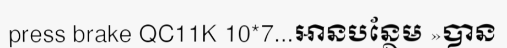
press brake QC11K 10*7...អានបន្ថែម »បាន